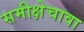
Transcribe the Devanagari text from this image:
समीक्षेचावा